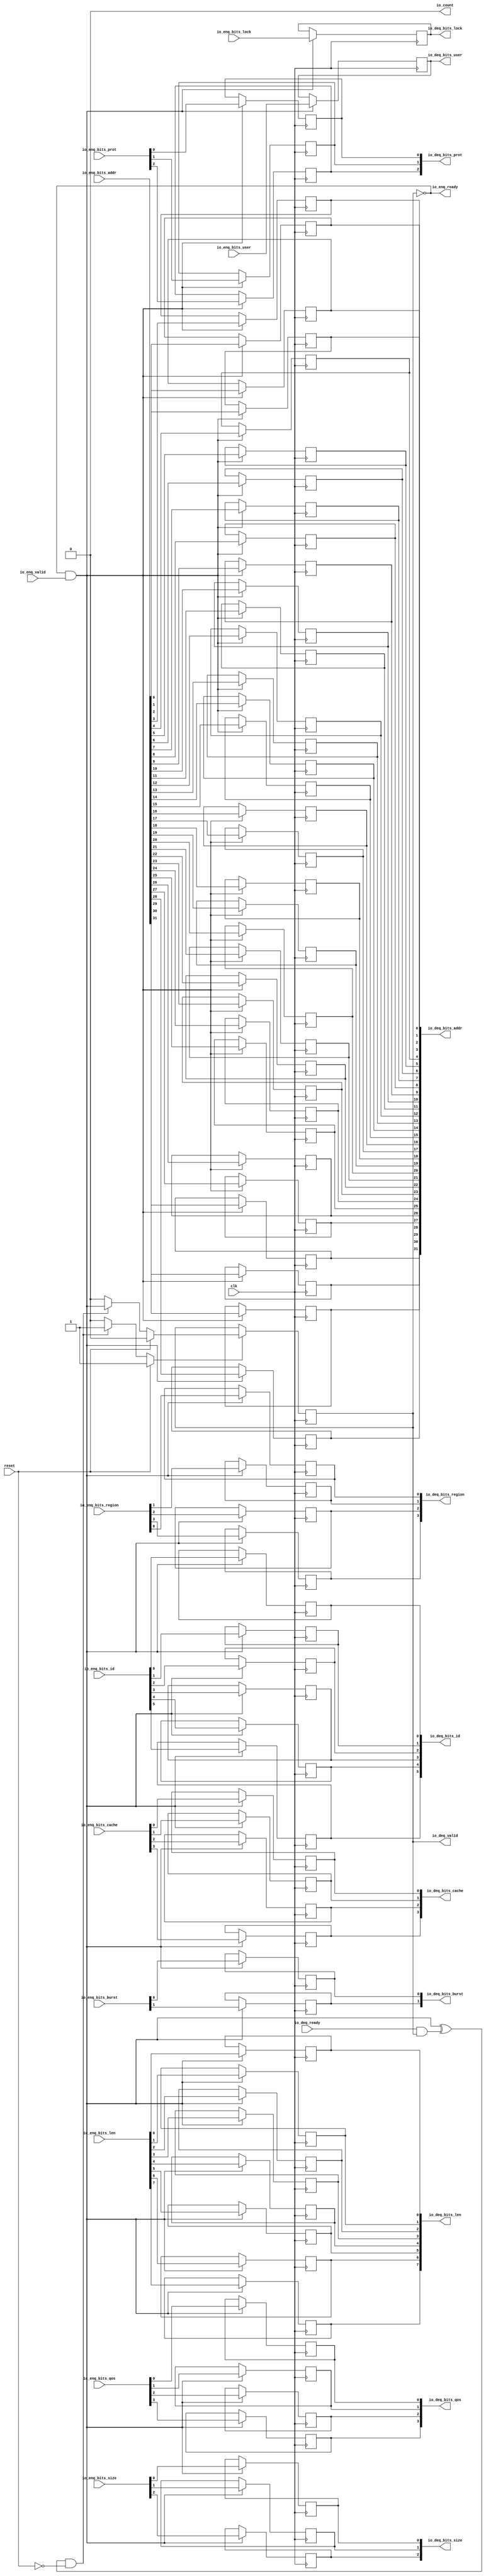
module Queue_7
(
  clk,
  reset,
  io_enq_ready,
  io_enq_valid,
  io_enq_bits_addr,
  io_enq_bits_len,
  io_enq_bits_size,
  io_enq_bits_burst,
  io_enq_bits_lock,
  io_enq_bits_cache,
  io_enq_bits_prot,
  io_enq_bits_qos,
  io_enq_bits_region,
  io_enq_bits_id,
  io_enq_bits_user,
  io_deq_ready,
  io_deq_valid,
  io_deq_bits_addr,
  io_deq_bits_len,
  io_deq_bits_size,
  io_deq_bits_burst,
  io_deq_bits_lock,
  io_deq_bits_cache,
  io_deq_bits_prot,
  io_deq_bits_qos,
  io_deq_bits_region,
  io_deq_bits_id,
  io_deq_bits_user,
  io_count
);

  input [31:0] io_enq_bits_addr;
  input [7:0] io_enq_bits_len;
  input [2:0] io_enq_bits_size;
  input [1:0] io_enq_bits_burst;
  input [3:0] io_enq_bits_cache;
  input [2:0] io_enq_bits_prot;
  input [3:0] io_enq_bits_qos;
  input [3:0] io_enq_bits_region;
  input [5:0] io_enq_bits_id;
  output [31:0] io_deq_bits_addr;
  output [7:0] io_deq_bits_len;
  output [2:0] io_deq_bits_size;
  output [1:0] io_deq_bits_burst;
  output [3:0] io_deq_bits_cache;
  output [2:0] io_deq_bits_prot;
  output [3:0] io_deq_bits_qos;
  output [3:0] io_deq_bits_region;
  output [5:0] io_deq_bits_id;
  input clk;
  input reset;
  input io_enq_valid;
  input io_enq_bits_lock;
  input io_enq_bits_user;
  input io_deq_ready;
  output io_enq_ready;
  output io_deq_valid;
  output io_deq_bits_lock;
  output io_deq_bits_user;
  output io_count;
  wire io_enq_ready,io_deq_valid,io_count,N0,T2,do_enq,do_deq,empty,N1,N2,N3,N4,N5,N6;
  reg [1:1] T0;
  reg [31:0] io_deq_bits_addr;
  reg [7:0] io_deq_bits_len;
  reg [2:0] io_deq_bits_size,io_deq_bits_prot;
  reg [1:0] io_deq_bits_burst;
  reg io_deq_bits_lock,io_deq_bits_user;
  reg [3:0] io_deq_bits_cache,io_deq_bits_qos,io_deq_bits_region;
  reg [5:0] io_deq_bits_id;
  assign io_count = 1'b0;
  assign T2 = do_enq ^ do_deq;

  always @(posedge clk) begin
    if(N3) begin
      T0[1] <= N4;
    end 
  end


  always @(posedge clk) begin
    if(do_enq) begin
      io_deq_bits_addr[31] <= io_enq_bits_addr[31];
    end 
  end


  always @(posedge clk) begin
    if(do_enq) begin
      io_deq_bits_addr[30] <= io_enq_bits_addr[30];
    end 
  end


  always @(posedge clk) begin
    if(do_enq) begin
      io_deq_bits_addr[29] <= io_enq_bits_addr[29];
    end 
  end


  always @(posedge clk) begin
    if(do_enq) begin
      io_deq_bits_addr[28] <= io_enq_bits_addr[28];
    end 
  end


  always @(posedge clk) begin
    if(do_enq) begin
      io_deq_bits_addr[27] <= io_enq_bits_addr[27];
    end 
  end


  always @(posedge clk) begin
    if(do_enq) begin
      io_deq_bits_addr[26] <= io_enq_bits_addr[26];
    end 
  end


  always @(posedge clk) begin
    if(do_enq) begin
      io_deq_bits_addr[25] <= io_enq_bits_addr[25];
    end 
  end


  always @(posedge clk) begin
    if(do_enq) begin
      io_deq_bits_addr[24] <= io_enq_bits_addr[24];
    end 
  end


  always @(posedge clk) begin
    if(do_enq) begin
      io_deq_bits_addr[23] <= io_enq_bits_addr[23];
    end 
  end


  always @(posedge clk) begin
    if(do_enq) begin
      io_deq_bits_addr[22] <= io_enq_bits_addr[22];
    end 
  end


  always @(posedge clk) begin
    if(do_enq) begin
      io_deq_bits_addr[21] <= io_enq_bits_addr[21];
    end 
  end


  always @(posedge clk) begin
    if(do_enq) begin
      io_deq_bits_addr[20] <= io_enq_bits_addr[20];
    end 
  end


  always @(posedge clk) begin
    if(do_enq) begin
      io_deq_bits_addr[19] <= io_enq_bits_addr[19];
    end 
  end


  always @(posedge clk) begin
    if(do_enq) begin
      io_deq_bits_addr[18] <= io_enq_bits_addr[18];
    end 
  end


  always @(posedge clk) begin
    if(do_enq) begin
      io_deq_bits_addr[17] <= io_enq_bits_addr[17];
    end 
  end


  always @(posedge clk) begin
    if(do_enq) begin
      io_deq_bits_addr[16] <= io_enq_bits_addr[16];
    end 
  end


  always @(posedge clk) begin
    if(do_enq) begin
      io_deq_bits_addr[15] <= io_enq_bits_addr[15];
    end 
  end


  always @(posedge clk) begin
    if(do_enq) begin
      io_deq_bits_addr[14] <= io_enq_bits_addr[14];
    end 
  end


  always @(posedge clk) begin
    if(do_enq) begin
      io_deq_bits_addr[13] <= io_enq_bits_addr[13];
    end 
  end


  always @(posedge clk) begin
    if(do_enq) begin
      io_deq_bits_addr[12] <= io_enq_bits_addr[12];
    end 
  end


  always @(posedge clk) begin
    if(do_enq) begin
      io_deq_bits_addr[11] <= io_enq_bits_addr[11];
    end 
  end


  always @(posedge clk) begin
    if(do_enq) begin
      io_deq_bits_addr[10] <= io_enq_bits_addr[10];
    end 
  end


  always @(posedge clk) begin
    if(do_enq) begin
      io_deq_bits_addr[9] <= io_enq_bits_addr[9];
    end 
  end


  always @(posedge clk) begin
    if(do_enq) begin
      io_deq_bits_addr[8] <= io_enq_bits_addr[8];
    end 
  end


  always @(posedge clk) begin
    if(do_enq) begin
      io_deq_bits_addr[7] <= io_enq_bits_addr[7];
    end 
  end


  always @(posedge clk) begin
    if(do_enq) begin
      io_deq_bits_addr[6] <= io_enq_bits_addr[6];
    end 
  end


  always @(posedge clk) begin
    if(do_enq) begin
      io_deq_bits_addr[5] <= io_enq_bits_addr[5];
    end 
  end


  always @(posedge clk) begin
    if(do_enq) begin
      io_deq_bits_addr[4] <= io_enq_bits_addr[4];
    end 
  end


  always @(posedge clk) begin
    if(do_enq) begin
      io_deq_bits_addr[3] <= io_enq_bits_addr[3];
    end 
  end


  always @(posedge clk) begin
    if(do_enq) begin
      io_deq_bits_addr[2] <= io_enq_bits_addr[2];
    end 
  end


  always @(posedge clk) begin
    if(do_enq) begin
      io_deq_bits_addr[1] <= io_enq_bits_addr[1];
    end 
  end


  always @(posedge clk) begin
    if(do_enq) begin
      io_deq_bits_addr[0] <= io_enq_bits_addr[0];
    end 
  end


  always @(posedge clk) begin
    if(do_enq) begin
      io_deq_bits_len[7] <= io_enq_bits_len[7];
    end 
  end


  always @(posedge clk) begin
    if(do_enq) begin
      io_deq_bits_len[6] <= io_enq_bits_len[6];
    end 
  end


  always @(posedge clk) begin
    if(do_enq) begin
      io_deq_bits_len[5] <= io_enq_bits_len[5];
    end 
  end


  always @(posedge clk) begin
    if(do_enq) begin
      io_deq_bits_len[4] <= io_enq_bits_len[4];
    end 
  end


  always @(posedge clk) begin
    if(do_enq) begin
      io_deq_bits_len[3] <= io_enq_bits_len[3];
    end 
  end


  always @(posedge clk) begin
    if(do_enq) begin
      io_deq_bits_len[2] <= io_enq_bits_len[2];
    end 
  end


  always @(posedge clk) begin
    if(do_enq) begin
      io_deq_bits_len[1] <= io_enq_bits_len[1];
    end 
  end


  always @(posedge clk) begin
    if(do_enq) begin
      io_deq_bits_len[0] <= io_enq_bits_len[0];
    end 
  end


  always @(posedge clk) begin
    if(do_enq) begin
      io_deq_bits_size[2] <= io_enq_bits_size[2];
    end 
  end


  always @(posedge clk) begin
    if(do_enq) begin
      io_deq_bits_size[1] <= io_enq_bits_size[1];
    end 
  end


  always @(posedge clk) begin
    if(do_enq) begin
      io_deq_bits_size[0] <= io_enq_bits_size[0];
    end 
  end


  always @(posedge clk) begin
    if(do_enq) begin
      io_deq_bits_burst[1] <= io_enq_bits_burst[1];
    end 
  end


  always @(posedge clk) begin
    if(do_enq) begin
      io_deq_bits_burst[0] <= io_enq_bits_burst[0];
    end 
  end


  always @(posedge clk) begin
    if(do_enq) begin
      io_deq_bits_lock <= io_enq_bits_lock;
    end 
  end


  always @(posedge clk) begin
    if(do_enq) begin
      io_deq_bits_cache[3] <= io_enq_bits_cache[3];
    end 
  end


  always @(posedge clk) begin
    if(do_enq) begin
      io_deq_bits_cache[2] <= io_enq_bits_cache[2];
    end 
  end


  always @(posedge clk) begin
    if(do_enq) begin
      io_deq_bits_cache[1] <= io_enq_bits_cache[1];
    end 
  end


  always @(posedge clk) begin
    if(do_enq) begin
      io_deq_bits_cache[0] <= io_enq_bits_cache[0];
    end 
  end


  always @(posedge clk) begin
    if(do_enq) begin
      io_deq_bits_prot[2] <= io_enq_bits_prot[2];
    end 
  end


  always @(posedge clk) begin
    if(do_enq) begin
      io_deq_bits_prot[1] <= io_enq_bits_prot[1];
    end 
  end


  always @(posedge clk) begin
    if(do_enq) begin
      io_deq_bits_prot[0] <= io_enq_bits_prot[0];
    end 
  end


  always @(posedge clk) begin
    if(do_enq) begin
      io_deq_bits_qos[3] <= io_enq_bits_qos[3];
    end 
  end


  always @(posedge clk) begin
    if(do_enq) begin
      io_deq_bits_qos[2] <= io_enq_bits_qos[2];
    end 
  end


  always @(posedge clk) begin
    if(do_enq) begin
      io_deq_bits_qos[1] <= io_enq_bits_qos[1];
    end 
  end


  always @(posedge clk) begin
    if(do_enq) begin
      io_deq_bits_qos[0] <= io_enq_bits_qos[0];
    end 
  end


  always @(posedge clk) begin
    if(do_enq) begin
      io_deq_bits_region[3] <= io_enq_bits_region[3];
    end 
  end


  always @(posedge clk) begin
    if(do_enq) begin
      io_deq_bits_region[2] <= io_enq_bits_region[2];
    end 
  end


  always @(posedge clk) begin
    if(do_enq) begin
      io_deq_bits_region[1] <= io_enq_bits_region[1];
    end 
  end


  always @(posedge clk) begin
    if(do_enq) begin
      io_deq_bits_region[0] <= io_enq_bits_region[0];
    end 
  end


  always @(posedge clk) begin
    if(do_enq) begin
      io_deq_bits_id[5] <= io_enq_bits_id[5];
    end 
  end


  always @(posedge clk) begin
    if(do_enq) begin
      io_deq_bits_id[4] <= io_enq_bits_id[4];
    end 
  end


  always @(posedge clk) begin
    if(do_enq) begin
      io_deq_bits_id[3] <= io_enq_bits_id[3];
    end 
  end


  always @(posedge clk) begin
    if(do_enq) begin
      io_deq_bits_id[2] <= io_enq_bits_id[2];
    end 
  end


  always @(posedge clk) begin
    if(do_enq) begin
      io_deq_bits_id[1] <= io_enq_bits_id[1];
    end 
  end


  always @(posedge clk) begin
    if(do_enq) begin
      io_deq_bits_id[0] <= io_enq_bits_id[0];
    end 
  end


  always @(posedge clk) begin
    if(do_enq) begin
      io_deq_bits_user <= io_enq_bits_user;
    end 
  end

  assign N3 = (N0)? 1'b1 : 
              (N6)? 1'b1 : 
              (N2)? 1'b0 : 1'b0;
  assign N0 = reset;
  assign N4 = (N0)? 1'b0 : 
              (N6)? do_enq : 1'b0;
  assign do_enq = io_enq_ready & io_enq_valid;
  assign do_deq = io_deq_ready & io_deq_valid;
  assign io_deq_valid = ~empty;
  assign empty = ~T0[1];
  assign io_enq_ready = ~T0[1];
  assign N1 = T2 | reset;
  assign N2 = ~N1;
  assign N5 = ~reset;
  assign N6 = T2 & N5;

endmodule